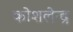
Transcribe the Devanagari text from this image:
कोशलेन्द्र